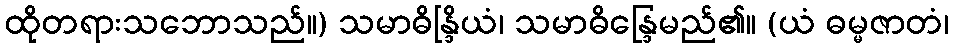
ထိုတရားသဘောသည်။) သမာဓိန္ဒြိယံ၊ သမာဓိန္ဒြေမည်၏။ (ယံ ဓမ္မဇာတံ၊